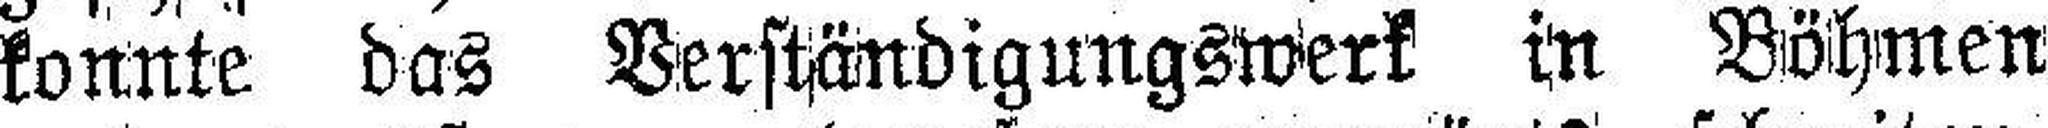
konnte das Verständigungswerk in Böhmen